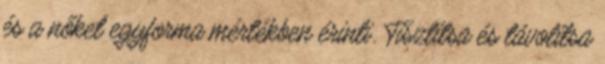
és a nőket egyforma mértékben érinti. Tisztítsa és távolítsa